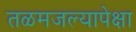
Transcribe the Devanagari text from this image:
तळमजल्यापेक्षा